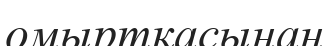
омыртқасынан